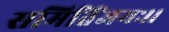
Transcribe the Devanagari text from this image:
समितिंजयः।।